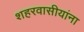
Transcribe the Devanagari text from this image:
शहरवासीयांना